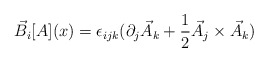
\begin{align*}\vec{B}_{i}[A](x)=\epsilon_{ijk}(\partial_{j}\vec{A}_{k}+\frac{1}{2} \vec{A}_{j}\times \vec{A}_{k})\end{align*}